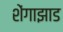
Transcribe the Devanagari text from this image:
शेंगाझाड